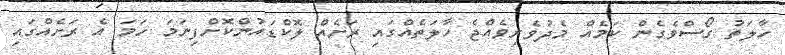
ހާލަތު ގޯސްވެގެން ކަމެއް މެދުވެރިވެއްޖެ ހާލަތެއްގައި ރަށެއް ލޮކްޑައުންކޮށްފިނަމަ ހަމަ އެ ރަށެއްގައި